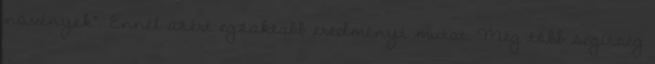
növények”. Ennél azért egzaktabb eredményt mutat. Még több segítség